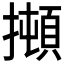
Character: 𰔫